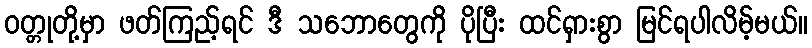
ဝတ္တုတို့မှာ ဖတ်ကြည့်ရင် ဒီ သဘောတွေကို ပိုပြီး ထင်ရှားစွာ မြင်ရပါလိမ့်မယ်။